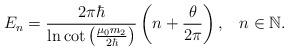
LaTeX: \begin{align*}E_{n}=\frac{2\pi\hbar}{\ln\cot\left( \frac{\mu_{0}m_{2}}{2\hbar}\right)}\left(n+\frac{\theta}{2\pi} \right), \;\;\; n\in\mathbb{N}. \end{align*}